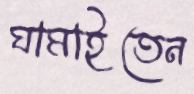
ঘামাইতেন